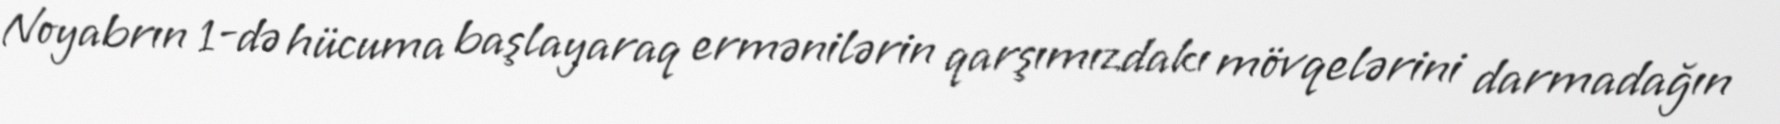
Noyabrın 1-də hücuma başlayaraq ermənilərin qarşımızdakı mövqelərini darmadağın